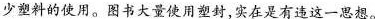
少塑料的使用。图书大量使用塑封，实在是有违这一思想。